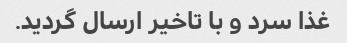
غذا سرد و با تاخیر ارسال گردید.